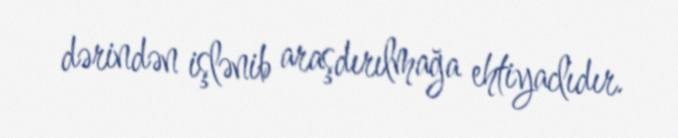
dərindən işlənib araşdırılmağa ehtiyaclıdır.